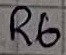
Text: R6